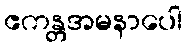
ဧကန္တအမနာပေါ